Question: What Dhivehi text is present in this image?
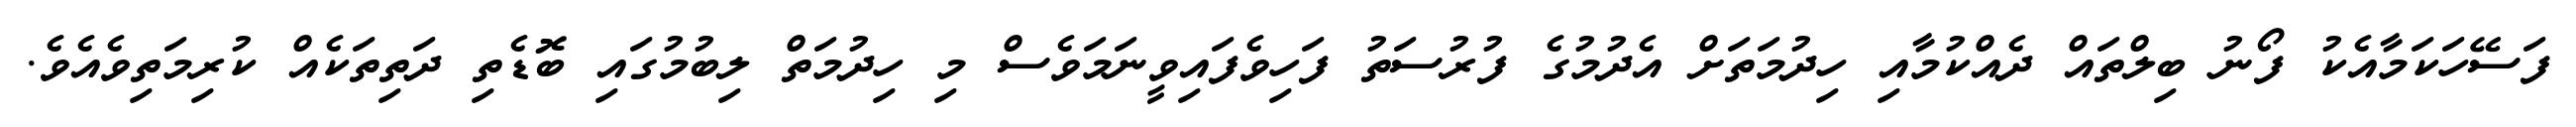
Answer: ފަސޭހަކަމާއެކު ފޯނު ބިލްތައް ދެއްކުމާއި ހިދުމަތަށް އެދުމުގެ ފުރުސަތު ފަހިވެފައިވީނަމަވެސް މި ހިދުމަތް ލިބުމުގައި ބޮޑެތި ދަތިތަކެއް ކުރިމަތިވެއެވެ.